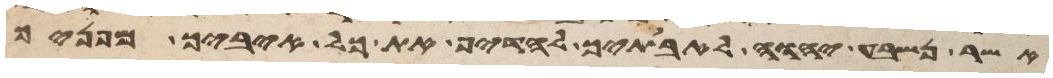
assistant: אשר נשבע יהוה לאבתיך להדיף את כל איביך מפניך